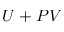
U + P V